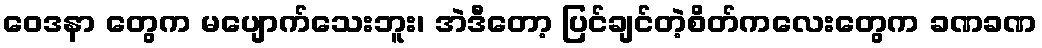
ဝေဒနာ တွေက မပျောက်သေးဘူး၊ အဲဒီတော့ ပြင်ချင်တဲ့စိတ်ကလေးတွေက ခဏခဏ